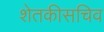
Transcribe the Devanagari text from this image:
शेतकीसचिव